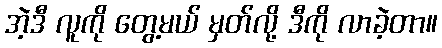
အဲ့ဒီ လူကို တွေ့မယ် မှတ်လို့ ဒီကို လာခဲ့တာ။